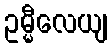
ဥမ္မီလေယျ